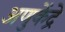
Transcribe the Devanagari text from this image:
अणुकेंद्रे